画像に写った文字を読んでください
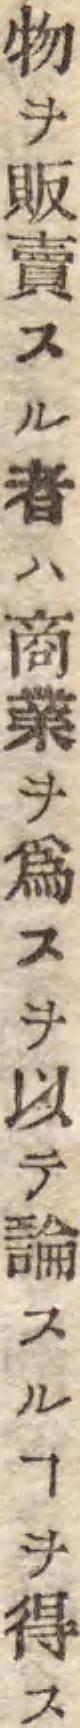
「物販賣スル者ハ商業ヲ爲スヲ以テ論スルヿヲ得ス」と書いてあります